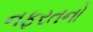
નફરતનો